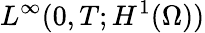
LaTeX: L^{\infty}(0,T;H^{1}(\Omega))